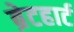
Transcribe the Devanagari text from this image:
ब्रेटहार्ट